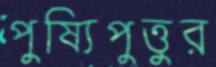
পুষ্যিপুত্তুর